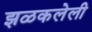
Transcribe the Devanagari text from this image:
झळकलेली